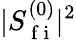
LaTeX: \lvert S_{\mathrm{~f~i~}}^{(0)}\rvert^{2}